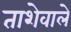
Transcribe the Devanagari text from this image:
ताशेवाले